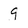
Character: 9